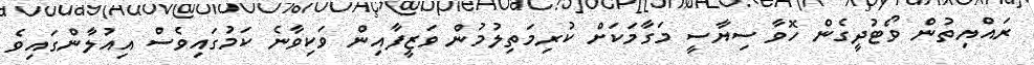
ރައްޔިތުން ވޯޓުދީގެން ހޮވާ ސިޔާސީ މަގާމަކަށް ކުރިމަތިލުމުން ވަޒީފާއިން ވަކިވާނެ ކަމުގައިވެސް އިއުލާންގައިވެ